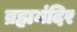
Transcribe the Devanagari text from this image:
ब्रह्ममंदिर